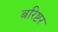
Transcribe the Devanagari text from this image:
बरिष्टर